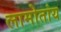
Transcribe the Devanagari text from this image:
लामोतांय